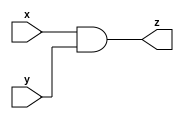
module micomp1(x,y,z);
input x,y;
output z;

assign z= x & y;

endmodule